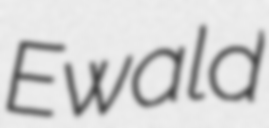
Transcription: Ewald